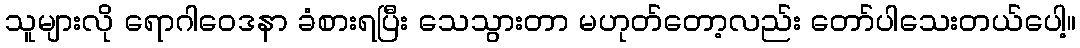
သူများလို ရောဂါဝေဒနာ ခံစားရပြီး သေသွားတာ မဟုတ်တော့လည်း တော်ပါသေးတယ်ပေါ့။